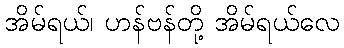
အိမ်ရယ်၊ ဟန်ဗန်တို့ အိမ်ရယ်လေ